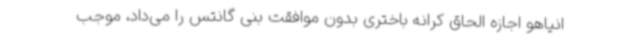
انیاهو اجازه الحاق کرانه باختری بدون موافقت بنی گانتس را می‌داد، موجب